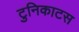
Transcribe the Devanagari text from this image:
टुनिकाटस